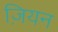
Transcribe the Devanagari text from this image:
ज़ियन